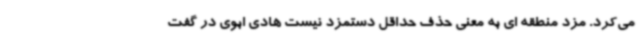
می‌کرد. مزد منطقه ای به معنی حذف حداقل دستمزد نیست هادی ابوی در گفت